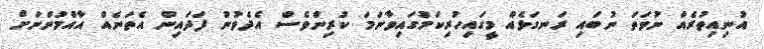
އުނިއިތުރެއް ނުވަތަ ނުބައި ރަނގަޅެއް މީގައިހުރިކަމުގައިވާނަމަ ކުރިންވެސް އެދެވުނު ފަދައިން އެތަނެއް އާއްމުންނަށް